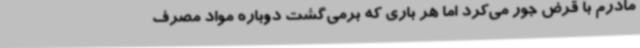
مادرم با قرض جور می‌کرد اما هر باری که برمی‌گشت دوباره مواد مصرف